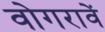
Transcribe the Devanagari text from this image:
वोगरावें